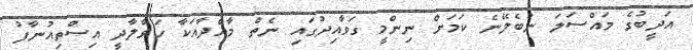
އަދީބުގެ މައްސަލަ ނުބެލޭނެ ކަމަށް ނިންމީ ގަވާއިދުގައި ނެތް މާއްދާއަކާ ހަވާލާދީ އިސްތިއުނާފު